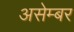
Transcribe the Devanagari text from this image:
असेम्बर